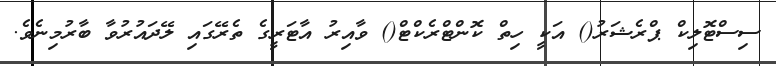
ސިސްޓޮލިކް ޕްރެޝަރު() އަކީ ހިތް ކޮންޓްރެކްޓް() ވާއިރު އާޓަރީގެ ތެރޭގައި ލޭދައުރުވާ ބާރުމިނެވެ.